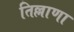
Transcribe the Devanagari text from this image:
तिल्लाणा